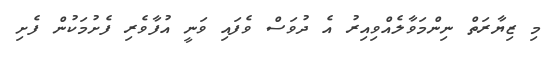
މި ޒިޔާރަތް ނިންމަވާލެއްވިއިރު އެ ދުވަސް ވެފައި ވަނީ އުފާވެރި ފެށުމަކުން ފެށި